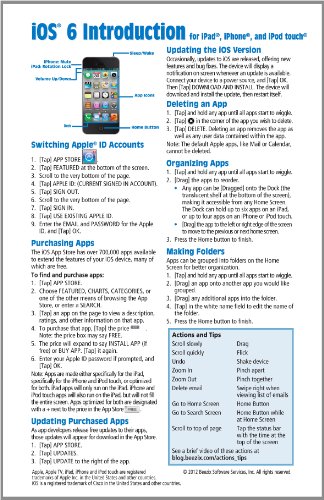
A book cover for iOS 6 Introduction Quick Reference Guide: for iPad, iPhone, and iPod touch (Cheat Sheet of Instructions, Tips & Shortcuts - Laminated Guide); Beezix Inc.; Computers & Technology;